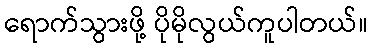
ရောက်သွားဖို့ ပိုမိုလွယ်ကူပါတယ်။